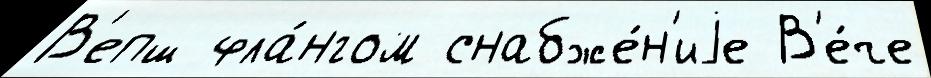
В'епш фла́нгом снабже́н'иjе В'е́че